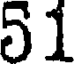
51